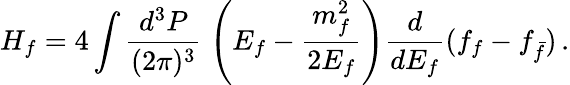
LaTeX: H_{f}=4\int\frac{d^{3}P}{(2\pi)^{3}}\; \left(E_{f}-{\frac{m_{f}^{2}}{2E_{f}}}\right){\frac{d}{dE_{f}}}(f_{f}-f_{\bar{f}})\, .